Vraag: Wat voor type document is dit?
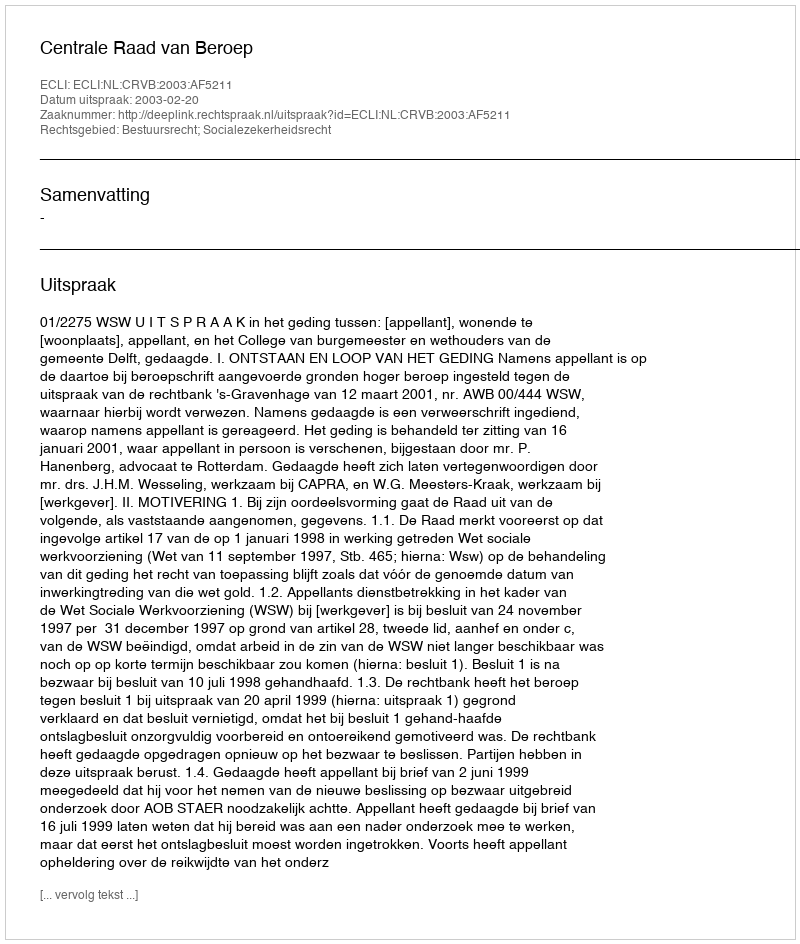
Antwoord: Uitspraak